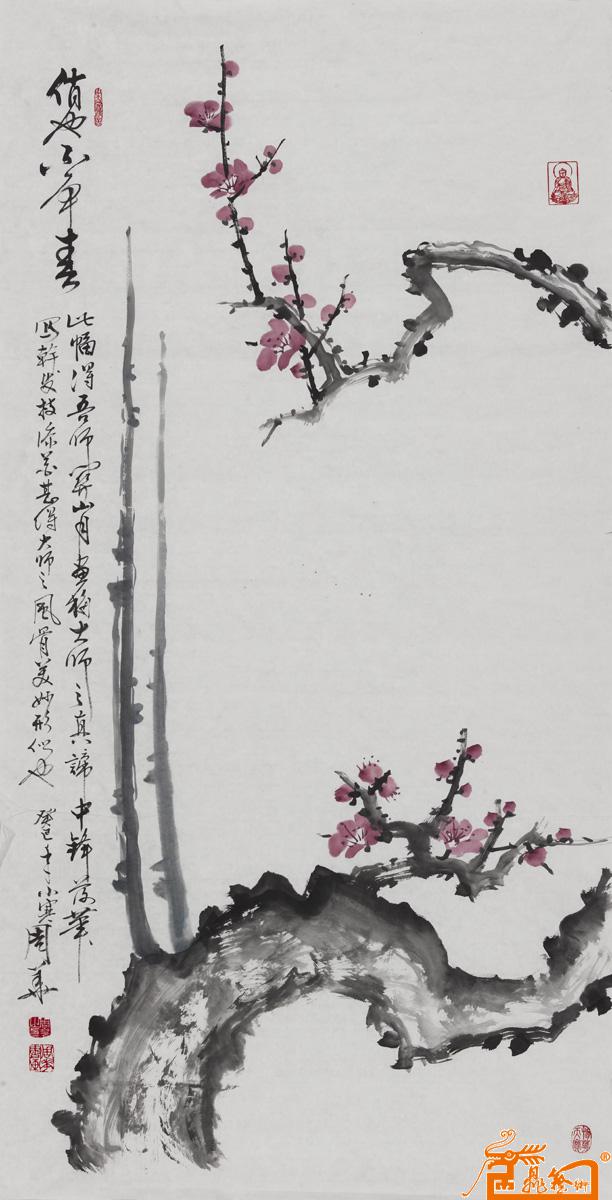
春来茗叶还争白，腊尽梅梢尽放红。